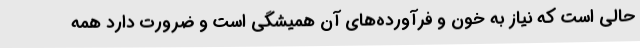
حالی است که نیاز به خون و فرآورده‌های آن همیشگی است و ضرورت دارد همه